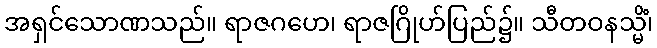
အရှင်သောဏသည်။ ရာဇဂဟေ၊ ရာဇဂြိုဟ်ပြည်၌။ သီတဝနသ္မိံ၊